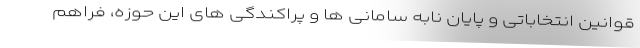
قوانین انتخاباتی و پایان نابه سامانی ها و پراکندگی های این حوزه، فراهم